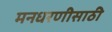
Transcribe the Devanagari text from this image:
मनधरणीसाठी